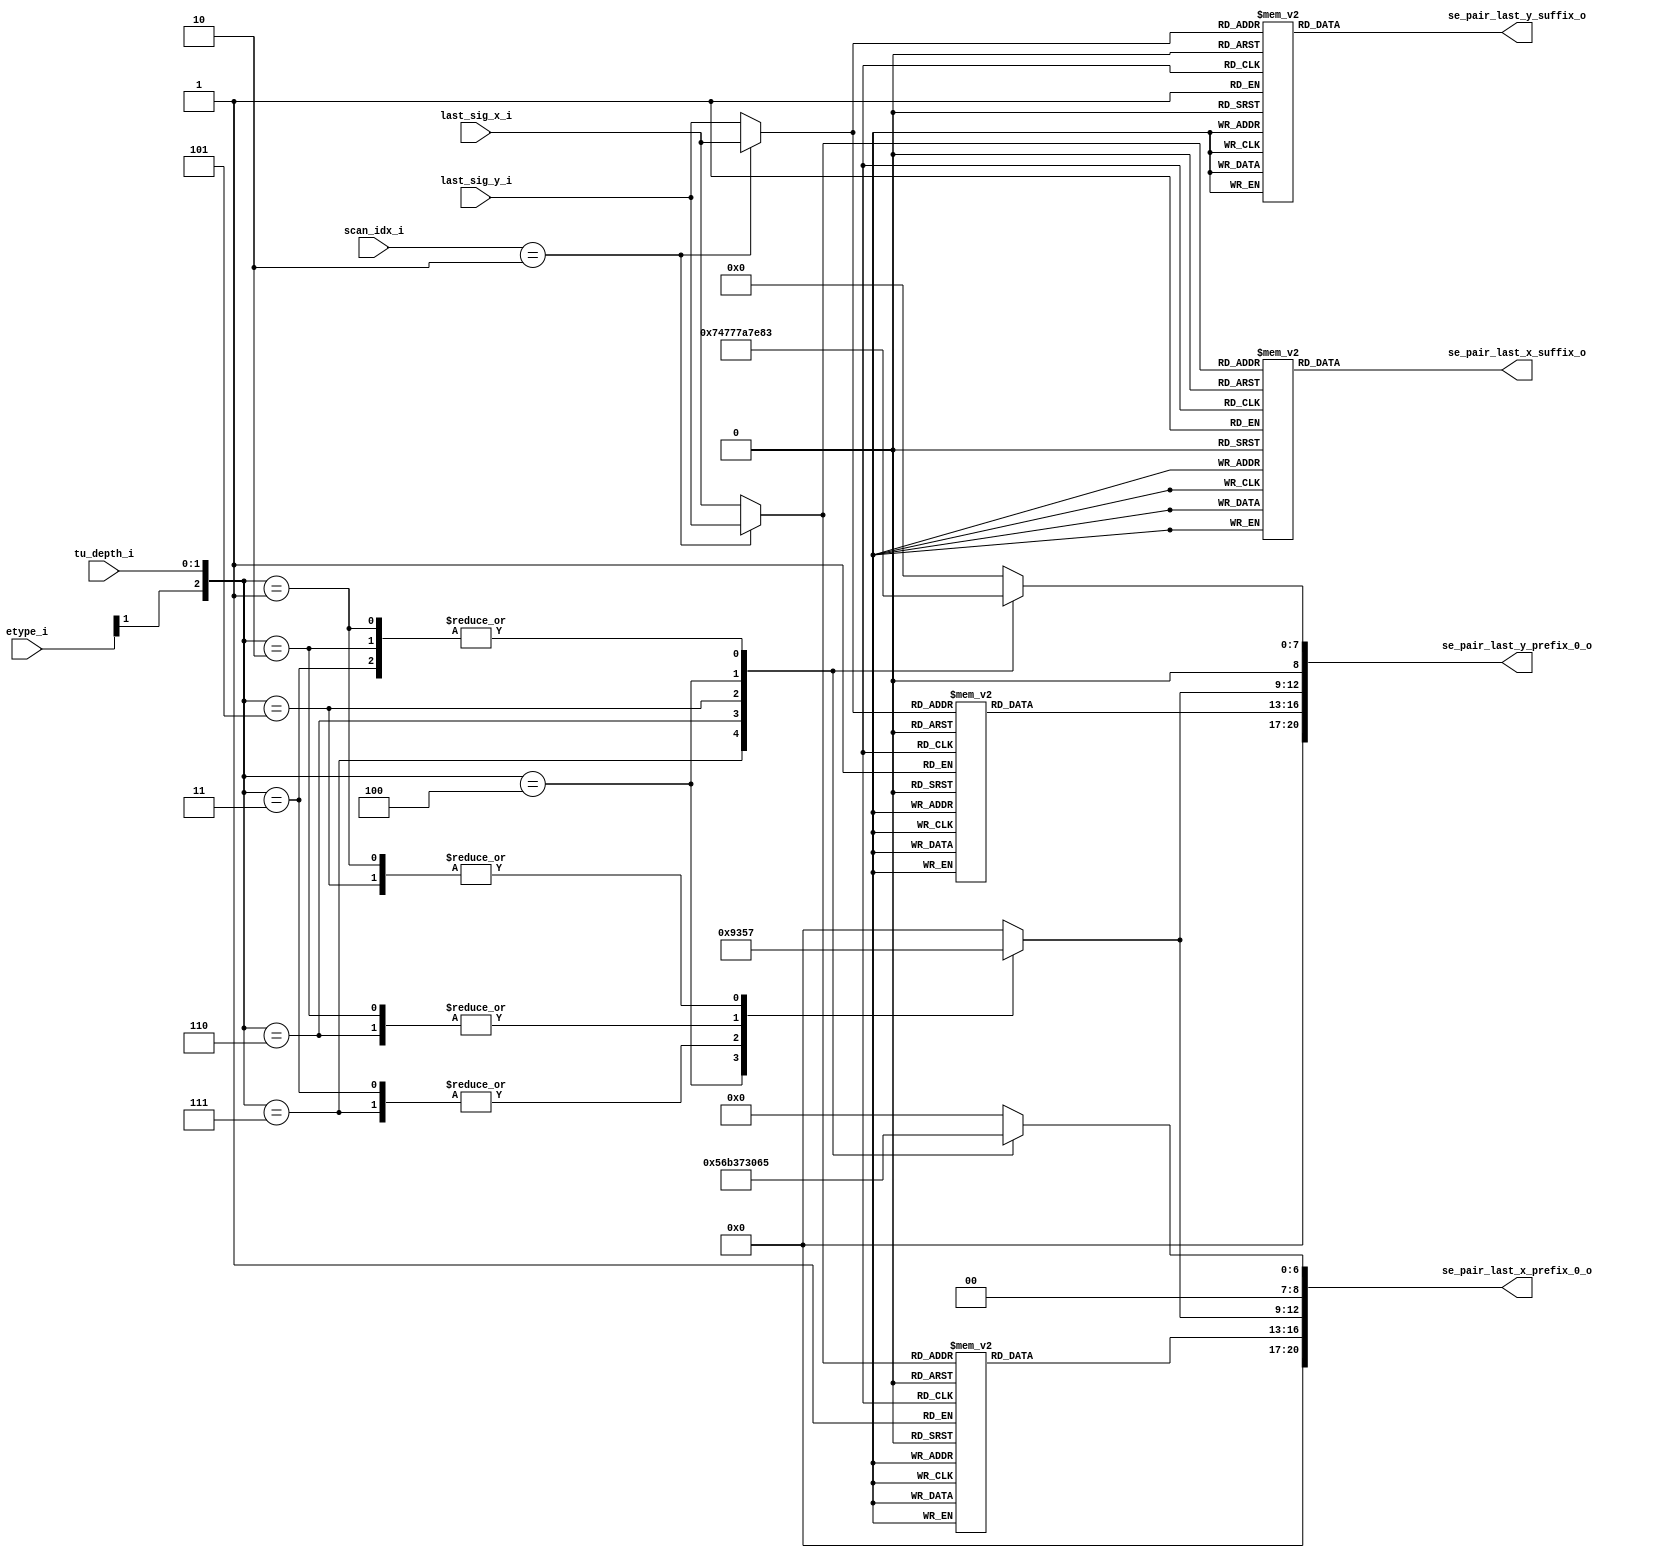
module cabac_se_prepare_coeff_last_sig_xy(
           last_sig_x_i                           ,
           last_sig_y_i                           ,
           tu_depth_i                             ,
           scan_idx_i                             ,
           etype_i                                 ,
           se_pair_last_x_prefix_0_o              ,
           se_pair_last_x_suffix_o                ,
           se_pair_last_y_prefix_0_o              ,
           se_pair_last_y_suffix_o
       );
//-----------------------------------------------------------------------------------------------------------------------------
//
//            input and output signals declaration
//
//-----------------------------------------------------------------------------------------------------------------------------
input         [ 4:0 ]                  last_sig_x_i                            ;
input         [ 4:0 ]                  last_sig_y_i                            ;

input         [ 1:0 ]                  tu_depth_i                              ; // 0:32x32 , 1:16x16 , 2:8x8 , 3:4x4
input         [ 1:0 ]                  scan_idx_i                              ;
input         [ 1:0 ]                  etype_i                                 ; // 2:luma , 1 :chroma u ,0 : chroma v

output        [20:0]                   se_pair_last_x_prefix_0_o              ;
output        [20:0]                   se_pair_last_x_suffix_o                ;
output        [20:0]                   se_pair_last_y_prefix_0_o              ;
output        [20:0]                   se_pair_last_y_suffix_o                ;

//-----------------------------------------------------------------------------------------------------------------------------
//
//            reg and wire signals declaration
//
//-----------------------------------------------------------------------------------------------------------------------------

reg           [ 4:0 ]                  pos_x_r                                 ;
reg           [ 4:0 ]                  pos_y_r                                 ;

reg           [ 3:0 ]                 last_sig_coeff_x_prefix_r                ; // 0..9
reg           [ 3:0 ]                 last_sig_coeff_y_prefix_r                ; // 0..9
reg           [ 8:0 ]                 ctxIdx_last_sig_coeff_x_prefix_r         ;
reg           [ 8:0 ]                 ctxIdx_last_sig_coeff_y_prefix_r         ;
reg           [ 3:0 ]                 cmax_of_last_sig_coeff_info_r            ;
reg           [ 20:0]                 se_pair_last_x_suffix_r                  ;
reg           [ 20:0]                 se_pair_last_y_suffix_r                  ;

// pos_x_r
always @*
begin
    if(scan_idx_i == 2'd2 )
        pos_x_r              =         last_sig_y_i                            ;
    else
        pos_x_r              =         last_sig_x_i                            ;
end

// pos_y_r
always @*
begin
    if(scan_idx_i == 2'd2 )
        pos_y_r              =         last_sig_x_i                            ;
    else
        pos_y_r              =         last_sig_y_i                            ;
end

// last_sig_coeff_x_prefix_r ,the paper 146 of book <HEVC>
always @*
begin
    case(pos_x_r)
        5'd0                        :
            last_sig_coeff_x_prefix_r   =   4'd0               ;
        5'd1                        :
            last_sig_coeff_x_prefix_r   =   4'd1               ;
        5'd2                        :
            last_sig_coeff_x_prefix_r   =   4'd2               ;
        5'd3                        :
            last_sig_coeff_x_prefix_r   =   4'd3               ;
        5'd4 , 5'd5                 :
            last_sig_coeff_x_prefix_r   =   4'd4               ;
        5'd6 , 5'd7                 :
            last_sig_coeff_x_prefix_r   =   4'd5               ;
        5'd8 , 5'd9 , 5'd10, 5'd11  :
            last_sig_coeff_x_prefix_r   =   4'd6               ;
        5'd12, 5'd13, 5'd14, 5'd15  :
            last_sig_coeff_x_prefix_r   =   4'd7               ;
        5'd16, 5'd17, 5'd18, 5'd19  ,
        5'd20, 5'd21, 5'd22, 5'd23  :
            last_sig_coeff_x_prefix_r   =   4'd8               ;
        default                     :
            last_sig_coeff_x_prefix_r   =   4'd9               ;
    endcase
end

// last_sig_coeff_y_prefix_r
always @*
begin
    case(pos_y_r)
        5'd0                        :
            last_sig_coeff_y_prefix_r   =   4'd0               ;
        5'd1                        :
            last_sig_coeff_y_prefix_r   =   4'd1               ;
        5'd2                        :
            last_sig_coeff_y_prefix_r   =   4'd2               ;
        5'd3                        :
            last_sig_coeff_y_prefix_r   =   4'd3               ;
        5'd4 , 5'd5                 :
            last_sig_coeff_y_prefix_r   =   4'd4               ;
        5'd6 , 5'd7                 :
            last_sig_coeff_y_prefix_r   =   4'd5               ;
        5'd8 , 5'd9 , 5'd10, 5'd11  :
            last_sig_coeff_y_prefix_r   =   4'd6               ;
        5'd12, 5'd13, 5'd14, 5'd15  :
            last_sig_coeff_y_prefix_r   =   4'd7               ;
        5'd16, 5'd17, 5'd18, 5'd19  ,
        5'd20, 5'd21, 5'd22, 5'd23  :
            last_sig_coeff_y_prefix_r   =   4'd8               ;
        default                     :
            last_sig_coeff_y_prefix_r   =   4'd9               ;
    endcase
end

// ctxIdx_last_sig_coeff_y_prefix_r
always @*
begin
    case({etype_i[1],tu_depth_i})
        3'd7 :
        begin
            ctxIdx_last_sig_coeff_x_prefix_r = 9'h056 ;
            ctxIdx_last_sig_coeff_y_prefix_r =  9'h074 ;
            cmax_of_last_sig_coeff_info_r = 4'h3;
        end//luma 4x4
        3'd6 :
        begin
            ctxIdx_last_sig_coeff_x_prefix_r = 9'h059 ;
            ctxIdx_last_sig_coeff_y_prefix_r =  9'h077 ;
            cmax_of_last_sig_coeff_info_r = 4'h5;
        end//luma 8x8
        3'd5 :
        begin
            ctxIdx_last_sig_coeff_x_prefix_r = 9'h05c ;
            ctxIdx_last_sig_coeff_y_prefix_r =  9'h07a ;
            cmax_of_last_sig_coeff_info_r = 4'h7;
        end//luma 16x16
        3'd4 :
        begin
            ctxIdx_last_sig_coeff_x_prefix_r = 9'h060 ;
            ctxIdx_last_sig_coeff_y_prefix_r =  9'h07e ;
            cmax_of_last_sig_coeff_info_r = 4'h9;
        end//luma 32x32
        3'd3 :
        begin
            ctxIdx_last_sig_coeff_x_prefix_r = 9'h065 ;
            ctxIdx_last_sig_coeff_y_prefix_r =  9'h083 ;
            cmax_of_last_sig_coeff_info_r = 4'h3;
        end//chroma 4x4
        3'd2 :
        begin
            ctxIdx_last_sig_coeff_x_prefix_r = 9'h065 ;
            ctxIdx_last_sig_coeff_y_prefix_r =  9'h083 ;
            cmax_of_last_sig_coeff_info_r = 4'h5;
        end//chroma 8x8
        3'd1 :
        begin
            ctxIdx_last_sig_coeff_x_prefix_r = 9'h065 ;
            ctxIdx_last_sig_coeff_y_prefix_r =  9'h083 ;
            cmax_of_last_sig_coeff_info_r = 4'h7;
        end//chroma 16x16
        default:
        begin
            ctxIdx_last_sig_coeff_x_prefix_r = 9'b0 ;
            ctxIdx_last_sig_coeff_y_prefix_r =  9'b0 ;
            cmax_of_last_sig_coeff_info_r = 4'b0;
        end
    endcase
end

//-----------------------------------------------------------------------------------------------------------------------------
//
//            binarization for last_sig_x
//
//-----------------------------------------------------------------------------------------------------------------------------
wire    [20:0]  se_pair_last_x_prefix_0_w;

assign se_pair_last_x_prefix_0_w = {4'h0,last_sig_coeff_x_prefix_r,cmax_of_last_sig_coeff_info_r,ctxIdx_last_sig_coeff_x_prefix_r};

always @*
begin
    case(pos_x_r)
        5'd0  :
            se_pair_last_x_suffix_r   =   21'b0 ; //  i_count=  0
        5'd1  :
            se_pair_last_x_suffix_r   =   21'b0 ; //  i_count=  0
        5'd2  :
            se_pair_last_x_suffix_r   =   21'b0 ; //  i_count=  0
        5'd3  :
            se_pair_last_x_suffix_r   =   21'b0 ; //  i_count=  0
        5'd4  :
            se_pair_last_x_suffix_r   =   {8'h00,4'h1,9'h0bb } ; //  i_count=  1        0
        5'd5  :
            se_pair_last_x_suffix_r   =   {8'h01,4'h1,9'h0bb } ; //  i_count=  1        1
        5'd6  :
            se_pair_last_x_suffix_r   =   {8'h00,4'h1,9'h0bb } ; //  i_count=  1        0
        5'd7  :
            se_pair_last_x_suffix_r   =   {8'h01,4'h1,9'h0bb } ; //  i_count=  1        1
        5'd8  :
            se_pair_last_x_suffix_r   =   {6'h00,2'b00,4'h2,9'h0bb } ; //  i_count=  2      00
        5'd9  :
            se_pair_last_x_suffix_r   =   {6'h00,2'b01,4'h2,9'h0bb } ; //  i_count=  2      01
        5'd10 :
            se_pair_last_x_suffix_r   =   {6'h00,2'b10,4'h2,9'h0bb } ; //  i_count=  2      10
        5'd11 :
            se_pair_last_x_suffix_r   =   {6'h00,2'b11,4'h2,9'h0bb }  ; //  i_count=  2     11
        5'd12 :
            se_pair_last_x_suffix_r   =   {6'h00,2'b00,4'h2,9'h0bb } ; //  i_count=  2      00
        5'd13 :
            se_pair_last_x_suffix_r   =   {6'h00,2'b01,4'h2,9'h0bb } ; //  i_count=  2      01
        5'd14 :
            se_pair_last_x_suffix_r   =   {6'h00,2'b10,4'h2,9'h0bb } ; //  i_count=  2      10
        5'd15 :
            se_pair_last_x_suffix_r   =   {6'h00,2'b11,4'h2,9'h0bb } ; //  i_count=  2      11
        5'd16 :
            se_pair_last_x_suffix_r   =   {5'h00,3'b000,4'h3,9'h0bb } ; //  i_count=  3     000
        5'd17 :
            se_pair_last_x_suffix_r   =   {5'h00,3'b001,4'h3,9'h0bb } ; //  i_count=  3     001
        5'd18 :
            se_pair_last_x_suffix_r   =   {5'h00,3'b010,4'h3,9'h0bb } ; //  i_count=  3     010
        5'd19 :
            se_pair_last_x_suffix_r   =   {5'h00,3'b011,4'h3,9'h0bb } ; //  i_count=  3     011
        5'd20 :
            se_pair_last_x_suffix_r   =   {5'h00,3'b100,4'h3,9'h0bb } ; //  i_count=  3     100
        5'd21 :
            se_pair_last_x_suffix_r   =   {5'h00,3'b101,4'h3,9'h0bb } ; //  i_count=  3     101
        5'd22 :
            se_pair_last_x_suffix_r   =   {5'h00,3'b110,4'h3,9'h0bb } ; //  i_count=  3     110
        5'd23 :
            se_pair_last_x_suffix_r   =   {5'h00,3'b111,4'h3,9'h0bb } ; //  i_count=  3     111
        5'd24 :
            se_pair_last_x_suffix_r   =   {5'h00,3'b000,4'h3,9'h0bb } ; //  i_count=  3     000
        5'd25 :
            se_pair_last_x_suffix_r   =   {5'h00,3'b001,4'h3,9'h0bb } ; //  i_count=  3     001
        5'd26 :
            se_pair_last_x_suffix_r   =   {5'h00,3'b010,4'h3,9'h0bb } ; //  i_count=  3     010
        5'd27 :
            se_pair_last_x_suffix_r   =   {5'h00,3'b011,4'h3,9'h0bb } ; //  i_count=  3     011
        5'd28 :
            se_pair_last_x_suffix_r   =   {5'h00,3'b100,4'h3,9'h0bb } ; //  i_count=  3     100
        5'd29 :
            se_pair_last_x_suffix_r   =   {5'h00,3'b101,4'h3,9'h0bb } ; //  i_count=  3     101
        5'd30 :
            se_pair_last_x_suffix_r   =   {5'h00,3'b110,4'h3,9'h0bb } ; //  i_count=  3     110
        5'd31 :
            se_pair_last_x_suffix_r   =   {5'h00,3'b111,4'h3,9'h0bb } ; //  i_count=  3     111
    endcase
end

//-----------------------------------------------------------------------------------------------------------------------------
//
//            binarization for last_sig_y
//
//-----------------------------------------------------------------------------------------------------------------------------
wire    [20:0]  se_pair_last_y_prefix_0_w;

assign se_pair_last_y_prefix_0_w = {4'h0,last_sig_coeff_y_prefix_r,cmax_of_last_sig_coeff_info_r,ctxIdx_last_sig_coeff_y_prefix_r};

always @*
begin
    case(pos_y_r)
        5'd0  :
            se_pair_last_y_suffix_r   =   21'b0 ; //  i_count=  0
        5'd1  :
            se_pair_last_y_suffix_r   =   21'b0 ; //  i_count=  0
        5'd2  :
            se_pair_last_y_suffix_r   =   21'b0 ; //  i_count=  0
        5'd3  :
            se_pair_last_y_suffix_r   =   21'b0 ; //  i_count=  0
        5'd4  :
            se_pair_last_y_suffix_r   =   {8'h00,4'h1,9'h0bb } ; //  i_count=  1        0
        5'd5  :
            se_pair_last_y_suffix_r   =   {8'h01,4'h1,9'h0bb } ; //  i_count=  1        1
        5'd6  :
            se_pair_last_y_suffix_r   =   {8'h00,4'h1,9'h0bb } ; //  i_count=  1        0
        5'd7  :
            se_pair_last_y_suffix_r   =   {8'h01,4'h1,9'h0bb } ; //  i_count=  1        1
        5'd8  :
            se_pair_last_y_suffix_r   =   {6'h00,2'b00,4'h2,9'h0bb } ; //  i_count=  2      00
        5'd9  :
            se_pair_last_y_suffix_r   =   {6'h00,2'b01,4'h2,9'h0bb } ; //  i_count=  2      01
        5'd10 :
            se_pair_last_y_suffix_r   =   {6'h00,2'b10,4'h2,9'h0bb } ; //  i_count=  2      10
        5'd11 :
            se_pair_last_y_suffix_r   =   {6'h00,2'b11,4'h2,9'h0bb }  ; //  i_count=  2     11
        5'd12 :
            se_pair_last_y_suffix_r   =   {6'h00,2'b00,4'h2,9'h0bb } ; //  i_count=  2      00
        5'd13 :
            se_pair_last_y_suffix_r   =   {6'h00,2'b01,4'h2,9'h0bb } ; //  i_count=  2      01
        5'd14 :
            se_pair_last_y_suffix_r   =   {6'h00,2'b10,4'h2,9'h0bb } ; //  i_count=  2      10
        5'd15 :
            se_pair_last_y_suffix_r   =   {6'h00,2'b11,4'h2,9'h0bb } ; //  i_count=  2      11
        5'd16 :
            se_pair_last_y_suffix_r   =   {5'h00,3'b000,4'h3,9'h0bb } ; //  i_count=  3     000
        5'd17 :
            se_pair_last_y_suffix_r   =   {5'h00,3'b001,4'h3,9'h0bb } ; //  i_count=  3     001
        5'd18 :
            se_pair_last_y_suffix_r   =   {5'h00,3'b010,4'h3,9'h0bb } ; //  i_count=  3     010
        5'd19 :
            se_pair_last_y_suffix_r   =   {5'h00,3'b011,4'h3,9'h0bb } ; //  i_count=  3     011
        5'd20 :
            se_pair_last_y_suffix_r   =   {5'h00,3'b100,4'h3,9'h0bb } ; //  i_count=  3     100
        5'd21 :
            se_pair_last_y_suffix_r   =   {5'h00,3'b101,4'h3,9'h0bb } ; //  i_count=  3     101
        5'd22 :
            se_pair_last_y_suffix_r   =   {5'h00,3'b110,4'h3,9'h0bb } ; //  i_count=  3     110
        5'd23 :
            se_pair_last_y_suffix_r   =   {5'h00,3'b111,4'h3,9'h0bb } ; //  i_count=  3     111
        5'd24 :
            se_pair_last_y_suffix_r   =   {5'h00,3'b000,4'h3,9'h0bb } ; //  i_count=  3     000
        5'd25 :
            se_pair_last_y_suffix_r   =   {5'h00,3'b001,4'h3,9'h0bb } ; //  i_count=  3     001
        5'd26 :
            se_pair_last_y_suffix_r   =   {5'h00,3'b010,4'h3,9'h0bb } ; //  i_count=  3     010
        5'd27 :
            se_pair_last_y_suffix_r   =   {5'h00,3'b011,4'h3,9'h0bb } ; //  i_count=  3     011
        5'd28 :
            se_pair_last_y_suffix_r   =   {5'h00,3'b100,4'h3,9'h0bb } ; //  i_count=  3     100
        5'd29 :
            se_pair_last_y_suffix_r   =   {5'h00,3'b101,4'h3,9'h0bb } ; //  i_count=  3     101
        5'd30 :
            se_pair_last_y_suffix_r   =   {5'h00,3'b110,4'h3,9'h0bb } ; //  i_count=  3     110
        5'd31 :
            se_pair_last_y_suffix_r   =   {5'h00,3'b111,4'h3,9'h0bb } ; //  i_count=  3     111
    endcase
end

//-----------------------------------------------------------------------------------------------------------------------------
//
//            output signals
//
//-----------------------------------------------------------------------------------------------------------------------------

assign   se_pair_last_x_prefix_0_o    =   se_pair_last_x_prefix_0_w          ;
assign   se_pair_last_x_suffix_o      =   se_pair_last_x_suffix_r            ;
assign   se_pair_last_y_prefix_0_o    =   se_pair_last_y_prefix_0_w          ;
assign   se_pair_last_y_suffix_o      =   se_pair_last_y_suffix_r            ;


endmodule